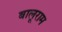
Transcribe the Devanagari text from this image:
बालूराम